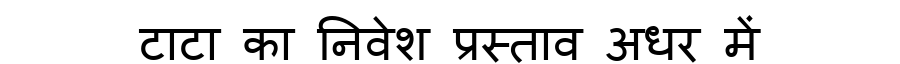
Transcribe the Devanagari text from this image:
टाटा का निवेश प्रस्ताव अधर में